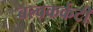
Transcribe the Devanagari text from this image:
बल्वकर्कटी